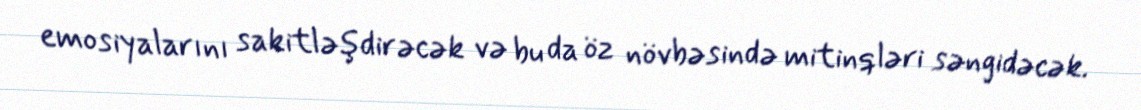
emosiyalarını sakitləşdirəcək və bu da öz növbəsində mitinqləri səngidəcək.